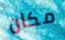
مكان